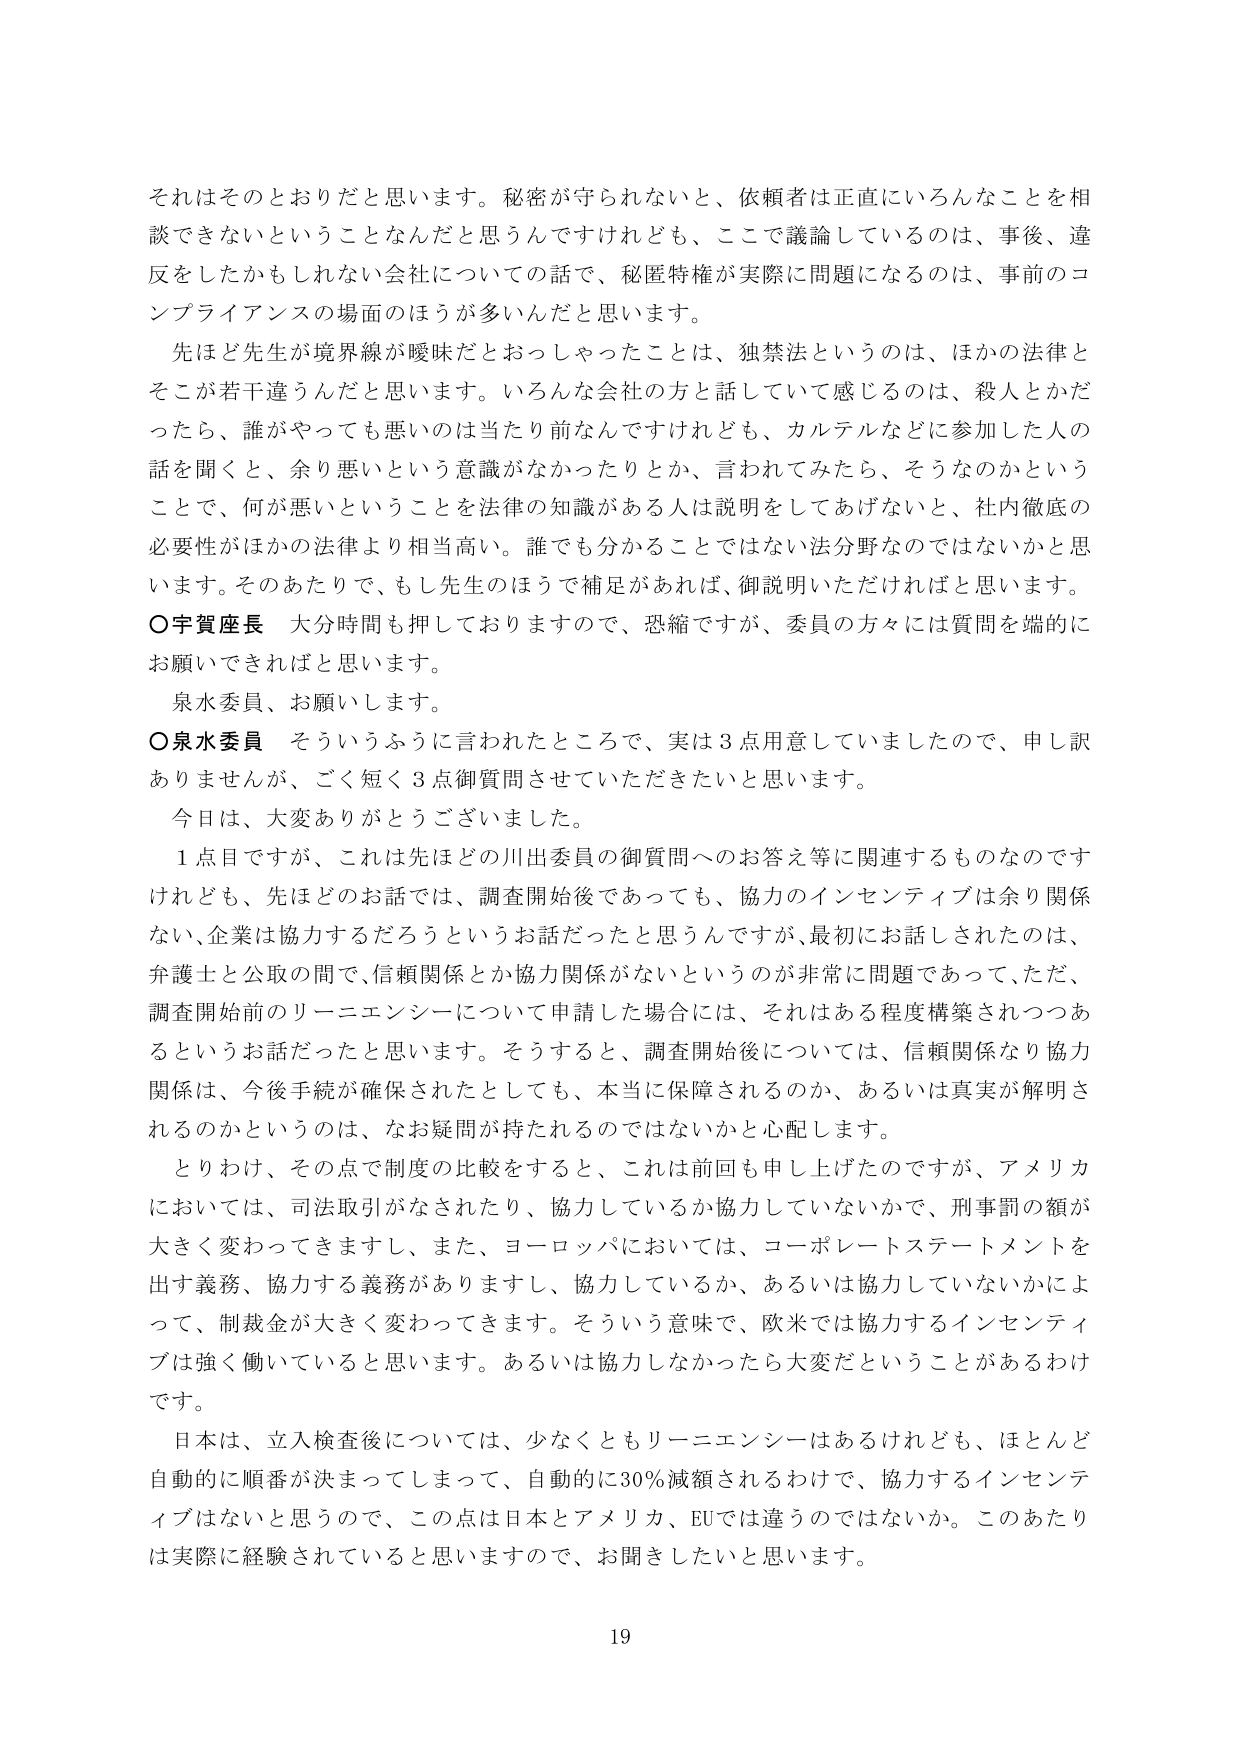
それはそのとおりだと思います。秘密が守られないとき、依頼者は正直にいろんなことを相談できないということなんだと思いますけれども、ここで議論しているのは、事後、違反をしたかもしれない会社についての話で、秘匿特権が実際に問題になるのは、事前のコンプライアンスの場面のほうが多いたんだと思います。

先ほど先生が境界線が曖昧だとおっしゃったことは、独禁法というのは、ほかの法律とそこが若干違うんだと思います。いろんな会社の方と話していて感じるのは、殺人とかだったら、誰がやっても悪いのは当たり前なんですけれども、カルテルなどに参加した人の話を聞くと、余り悪いという意識がなかったりとか、言われてみたら、そうなのかということで、何が悪いということを法律の知識がある人は説明をしてあげないと、社内徹底の必要性がほかの法律より相当高い。誰でも分かることではない法分野なのではないかと思います。そのあたりで、もし先生のほうで補足があれば、御説明いただければと思います。

○宇賀座長　大分時間も押しておりますので、恐縮ですが、委員の方々には質問を端的にお願いできればと思います。

泉水委員、お願いします。

○泉水委員　そういうふうに言われたところで、実は３点用意していましたので、申し訳ありませんが、ごく短く３点御質問させていただきたいと思います。

今日は、大変ありがとうございました。

１点目ですが、これは先ほどの川出委員の御質問へのお答え等に関連するものなのですが、先ほどのお話では、調査開始後であっても、協力のインセンティブは余り関係ない、企業は協力するだろうというお話だったと思うんですが、最初にお話しされたのは、弁護士と公取の間で、信頼関係とか協力関係がないというのが非常に問題であって、ただ、調査開始前のリーニエンシーについて申請した場合には、それはある程度構築されつつあるというお話だったと思います。そうすると、調査開始後については、信頼関係なり協力関係は、今後手続が確保されたとしても、本当に保障されるのか、あるいは真実が解明されるのかというのは、なお疑問が持たれるのではないかと心配します。

とりわけ、その点で制度の比較をすると、これは前回も申し上げたのですが、アメリカにおいては、司法取引がなされたり、協力しているか協力していないかで、刑事罰の額が大きく変わってきますし、また、ヨーロッパにおいては、コーポレートステートメントを出す義務、協力する義務がありますし、協力しているか、あるいは協力していないかによって、制裁金が大きく変わってきます。そういう意味で、欧米では協力するインセンティブは強く働いていると思います。あるいは協力しなかったら大変だということがあるわけです。

日本は、立入検査後については、少なくともリーニエンシーはあるけれども、ほとんど自動的に順番が決まってしまって、自動的に30％減額されるわけで、協力するインセンティブはないと思うので、この点は日本とアメリカ、EUでは違うのではないか。このあたりは実際に経験されていると思いますので、お聞きしたいと思います。

19